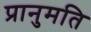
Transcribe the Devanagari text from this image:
प्रानुमति